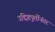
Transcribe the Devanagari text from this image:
उद्दिष्टपूर्तीनंतर